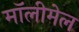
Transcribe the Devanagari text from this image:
मॉलीमेल